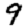
Digit: 9